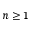
n \geq 1